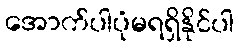
အောက်ပါပုံမရရှိနိုင်ပါ